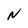
Character: N